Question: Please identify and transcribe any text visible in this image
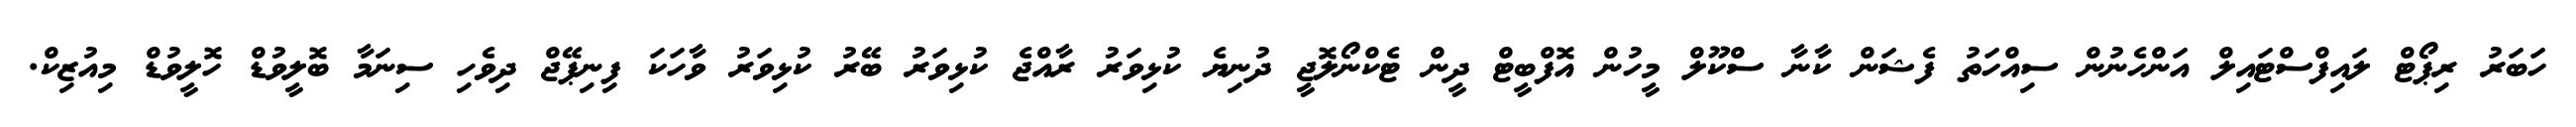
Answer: ހަބަރު ރިޕޯޓް ލައިފްސްޓައިލް އަންހެނުން ސިއްހަތު ފެޝަން ކާނާ ސްކޫލް މީހުން އޮފްބީޓް ދީން ޓެކްނޯލޮޖީ ދުނިޔެ ކުޅިވަރު ރާއްޖެ ކުޅިވަރު ބޭރު ކުޅިވަރު ވާހަކަ ފިނިޕޭޖް ދިވެހި ސިނަމާ ބޮލީވުޑް ހޮލީވުޑް މިއުޒިކް.